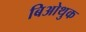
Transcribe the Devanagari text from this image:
बिओथुक